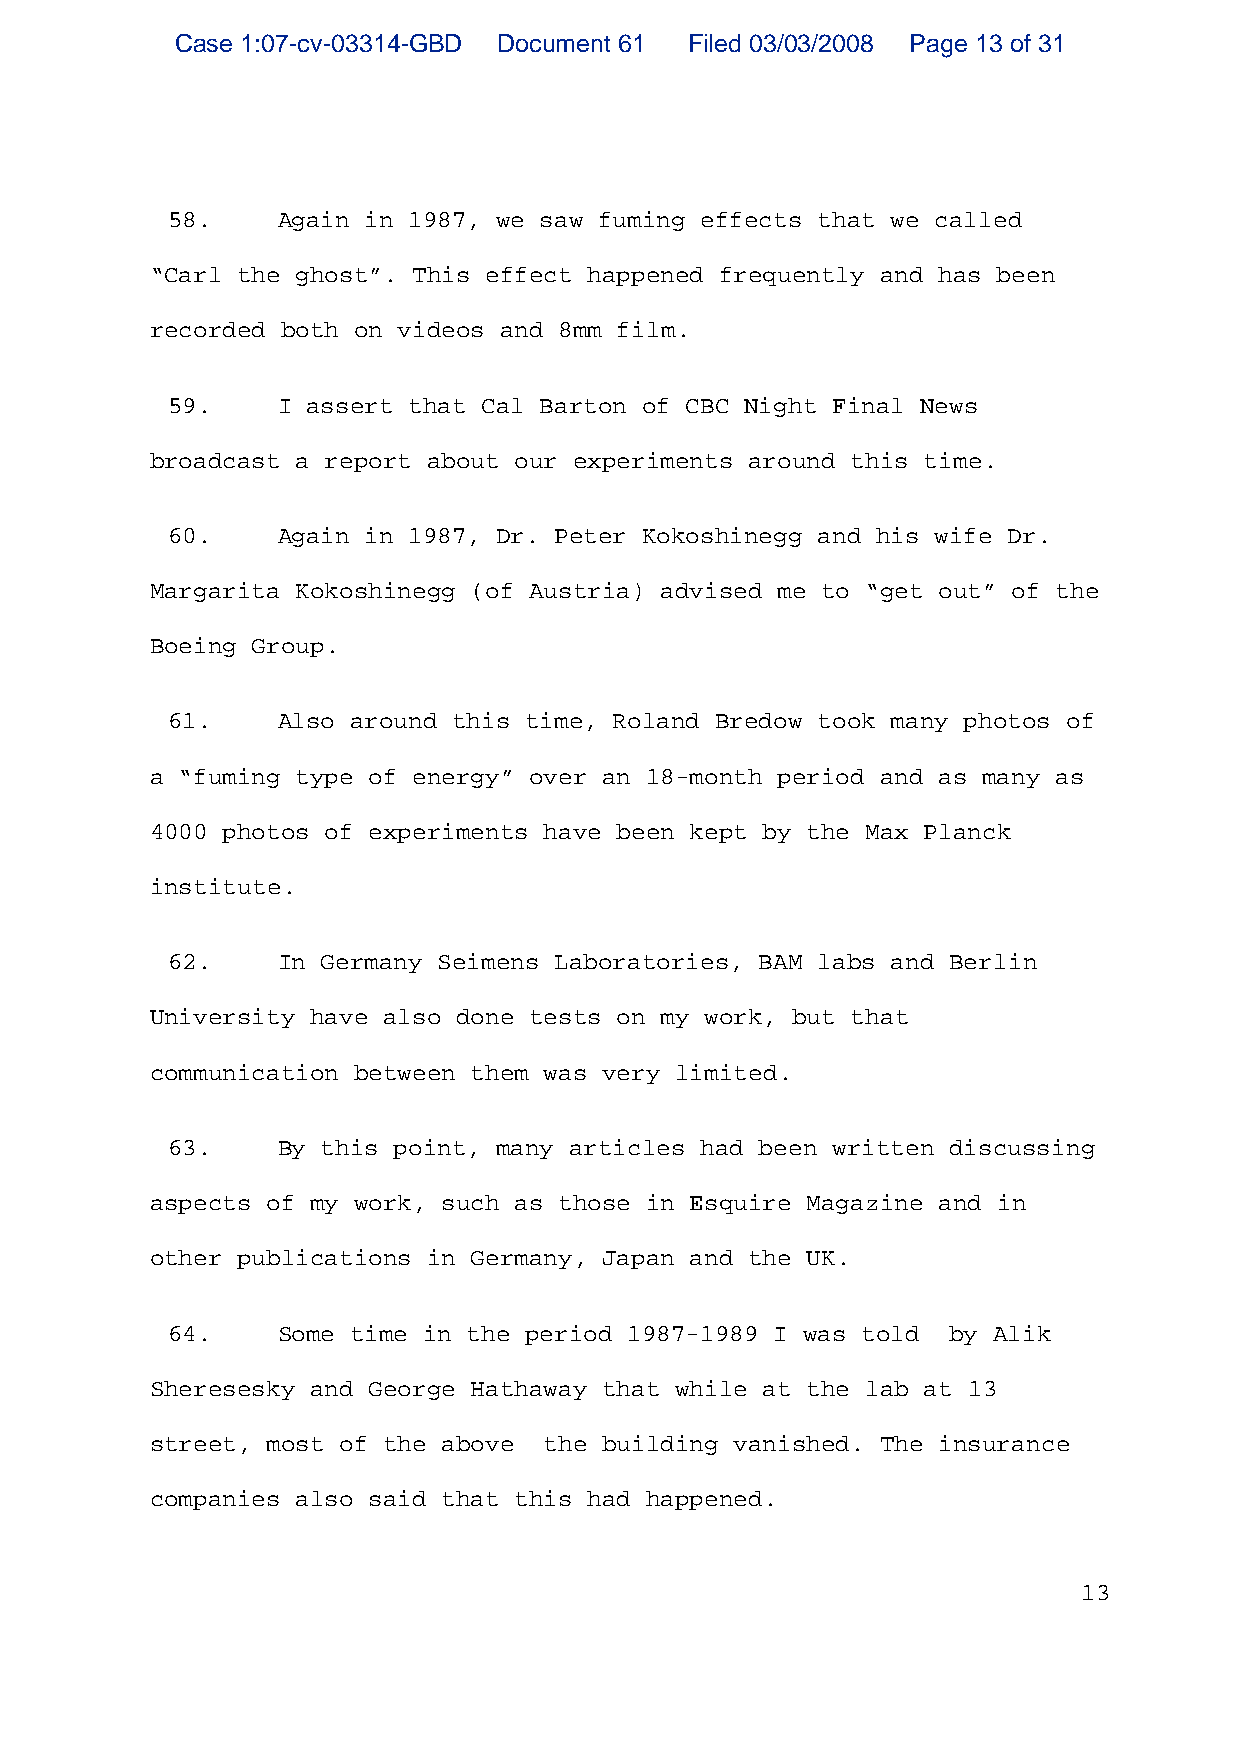
Case 1:07-cv-03314-GBD Document 61 Filed 03/03/2008 Page 13 of 31
 58.    Again in 1987, we saw fuming effects that we called
 “Carl the ghost”. This effect happened frequently and has been
 recorded both on videos and 8mm film.
 59.    I assert that Cal Barton of CBC Night Final News
 broadcast a report about our experiments around this time.
 60.    Again in 1987, Dr. Peter Kokoshinegg and his wife Dr.
 Margarita Kokoshinegg (of Austria) advised me to “get out” of the
 Boeing Group.
 61.    Also around this time, Roland Bredow took many photos of
 a “fuming type of energy” over an 18 month period and as many as
 4000 photos of experiments have been kept by the Max Planck
 institute.
 62.    In Germany Seimens Laboratories, BAM labs and Berlin
 University have also done tests on my work, but that
 communication between them was very limited.
 63.    By this point, many articles had been written discussing
 aspects of my work, such as those in Esquire Magazine and in
 other publications in Germany, Japan and the UK.
 64.    Some time in the period 1987 1989 I was told by Alik
 Sheresesky and George Hathaway that while at the lab at 13
 street, most of the above the building vanished. The insurance
 companies also said that this had happened.
 13